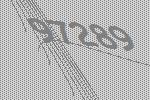
97289